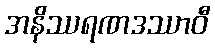
အနိဿရဏဒဿာဝီ